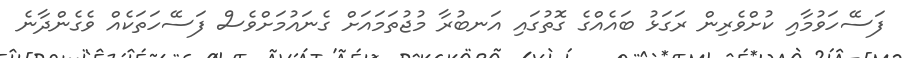
ފަސޭހަވުމާއި ކުށްވެރިން ރަގަޅު ބައެއްގެ ގޮތުގައި އަނބުރާ މުޖުތަމައަށް ގެނައުމަށްވެސް ފަސޭހަތަކެއް ވެގެންދާނެ